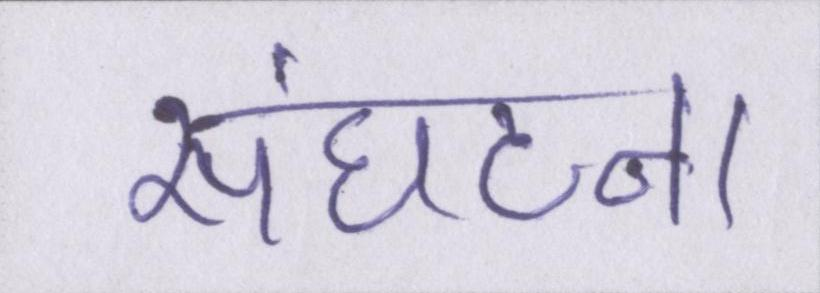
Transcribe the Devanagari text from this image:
संघटना